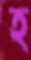
হ